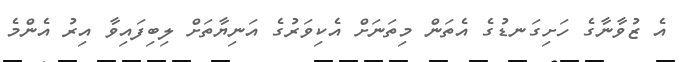
އެ ޒުވާނާގެ ހަށިގަނޑުގެ އެތަން މިތަނަށް އެކިވަރުގެ އަނިޔާތަަށް ލިބިފައިވާ އިރު އެންމެ